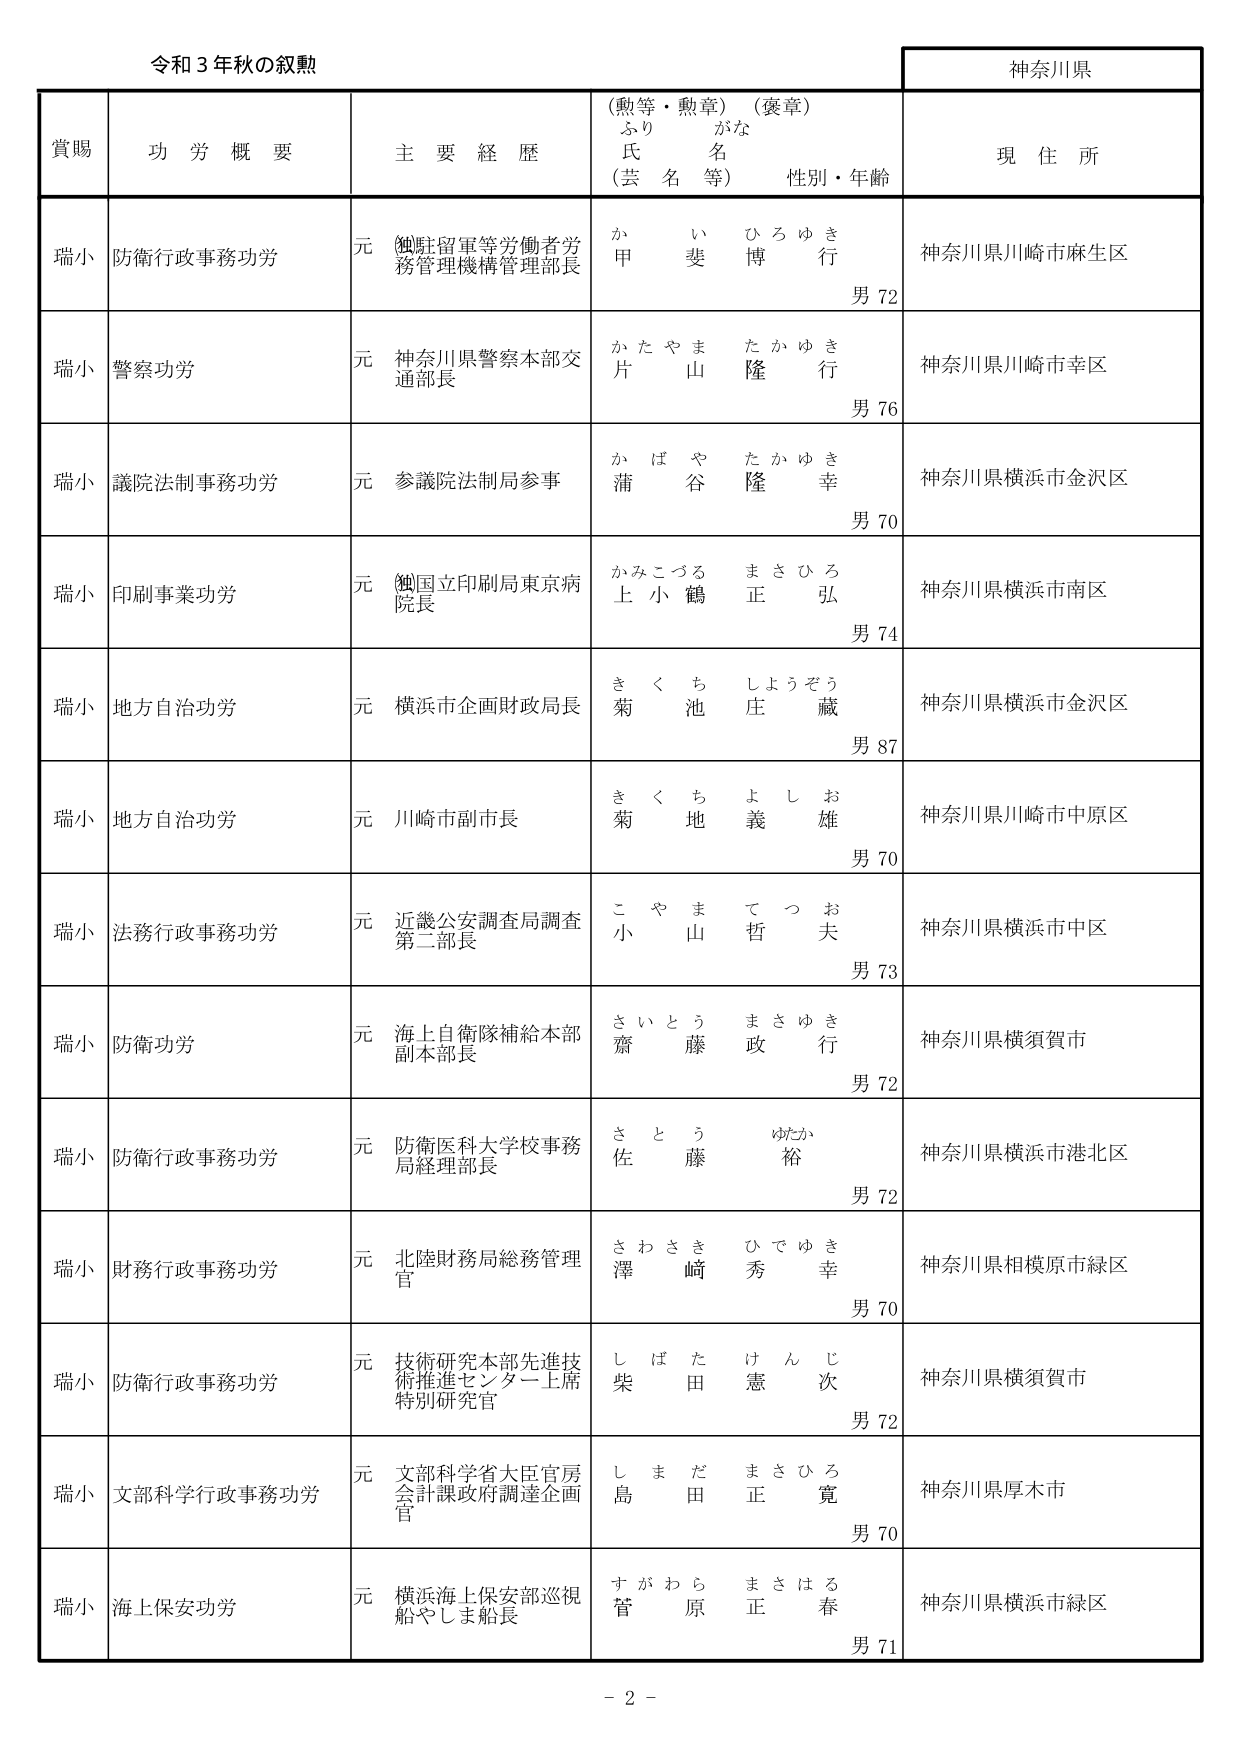
令和３年秋の叙勲

神奈川県

賞賜　　功労概要　　主要経歴　　（勲等・勲章）（褒章）　　現住所
　　　　　　　　　　　　　ふりがな　　氏名　　（芸名等）　　性別・年齢

瑞小　防衛行政事務功労　　元（独）駐留軍等労働者労務管理機構管理部長　　か い ひろゆき　　甲斐 博行　　男 72　　神奈川県川崎市麻生区

瑞小　警察功労　　元 神奈川県警察本部交通部長　　かたやま たかゆき　　片山 隆行　　男 76　　神奈川県川崎市幸区

瑞小　議院法制事務功労　　元 参議院法制局参事　　かばや たかゆき　　蒲谷 隆幸　　男 70　　神奈川県横浜市金沢区

瑞小　印刷事業功労　　元（独）国立印刷局東京病院長　　かみこづる まさひろ　　上小鶴 正弘　　男 74　　神奈川県横浜市南区

瑞小　地方自治功労　　元 横浜市企画財政局長　　きくち しょうぞう　　菊池 庄蔵　　男 87　　神奈川県横浜市金沢区

瑞小　地方自治功労　　元 川崎市副市長　　きくち よしお　　菊地 義雄　　男 70　　神奈川県川崎市中原区

瑞小　法務行政事務功労　　元 近畿公安調査局調査第二部長　　こやま てつお　　小山 哲夫　　男 73　　神奈川県横浜市中区

瑞小　防衛功労　　元 海上自衛隊補給本部副本部長　　さいとう まさゆき　　齋藤 政行　　男 72　　神奈川県横須賀市

瑞小　防衛行政事務功労　　元 防衛医科大学校事務局経理部長　　さとう ゆたか　　佐藤 裕　　男 72　　神奈川県横浜市港北区

瑞小　財務行政事務功労　　元 北陸財務局総務管理官　　さわさき ひでゆき　　澤崎 秀幸　　男 70　　神奈川県相模原市緑区

瑞小　防衛行政事務功労　　元 技術研究本部先進技術推進センター上席特別研究官　　しばた けんじ　　柴田 憲次　　男 72　　神奈川県横須賀市

瑞小　文部科学行政事務功労　　元 文部科学省大臣官房会計課政府調達企画官　　しまだ まさひろ　　島田 正寛　　男 70　　神奈川県厚木市

瑞小　海上保安功労　　元 横浜海上保安部巡視船やしま船長　　すがわら まさはる　　菅原 正春　　男 71　　神奈川県横浜市緑区

－ 2 －